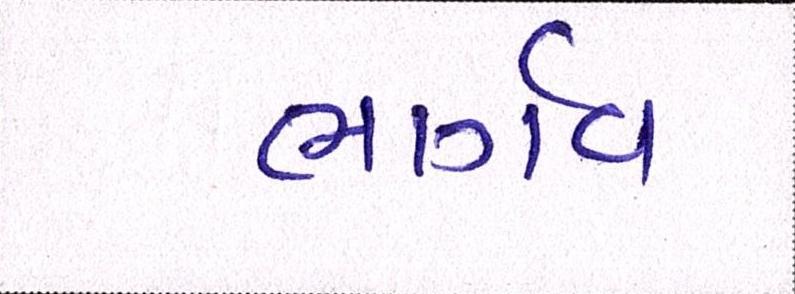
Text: ભાર્ગવ